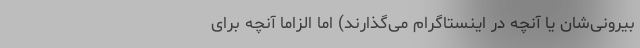
بیرونی‌شان یا آنچه در اینستاگرام می‌گذارند) اما الزاماً آنچه برای